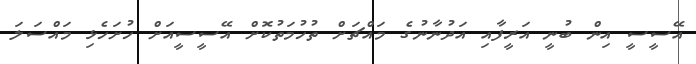
އޭސީސީ އިން ބުނީ އަރީފާއި އަދުނާނުގެ މައްޗަށް ތުހުމަތުކޮށް އޭސީސީއަށް ހުށަހެޅި މައްސަލަ